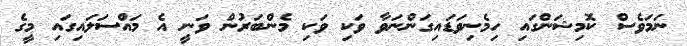
ނަމަވެސް ކޮމިޝަންގައި ހިމެނިވަޑައިގަންނަވާ ވަކި ވަކި މެންބަރުން ވަނީ އެ މައްސަލައިގައި މީގެ